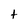
Character: t